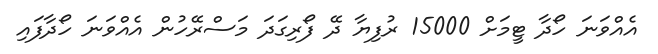
އެއްވަނަ ހޯދާ ޓީމަށް 15000 ރުފިޔާ ދޭ ފޯރިގަދަ މަސްރޭހުން އެއްވަނަ ހޯދާފައި